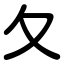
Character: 夂